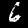
Label: 6